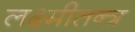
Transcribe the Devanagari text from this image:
लक्ष्मीतन्त्र